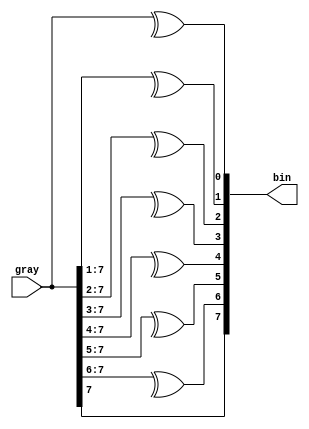
`timescale 1ns / 1ns
//////////////////////////////////////////////////////////////////////////////////
// Company: 
// Engineer: 
// 
// Design Name: 
// Module Name: gray2bin
// Project Name: 
// Target Devices: 
// Tool Versions: 
// Description: 
// 
// Dependencies: 
// 
// Revision:
// Revision 0.01 - File Created
// Additional Comments:
// 
//////////////////////////////////////////////////////////////////////////////////


module gray2bin
    #(parameter DATA_WIDTH = 8)(
    input [DATA_WIDTH-1:0] gray,
    output [DATA_WIDTH-1:0] bin
    );
    
    // ex.
    // GRAY | BIN
    // 0000 | 0000
    // 0001 | 0001
    // 0010 | 0011
    // 0011 | 0010
    // 0100 | 0111
    // 0101 | 0110
    // 0110 | 0100
    // 0111 | 0101
    // 1000 | 1111
    // 1001 | 1110
    // 1010 | 1100
    // 1011 | 1101
    // 1100 | 1000
    // 1101 | 1001
    // 1110 | 1011
    // 1111 | 1010
    
    genvar i;
    generate
        for(i=0;i<DATA_WIDTH;i=i+1)
        begin : bit_gen
            assign bin[i]= ^gray[DATA_WIDTH-1:i];
        end
    endgenerate
    
endmodule